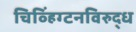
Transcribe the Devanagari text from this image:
चिव्हिंग्टनविरुद्ध